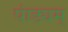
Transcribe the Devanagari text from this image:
पांड्यम्